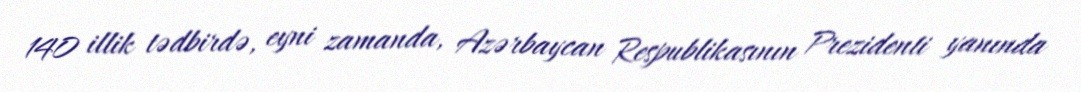
140 illik tədbirdə, eyni zamanda, Azərbaycan Respublikasının Prezidenti yanında